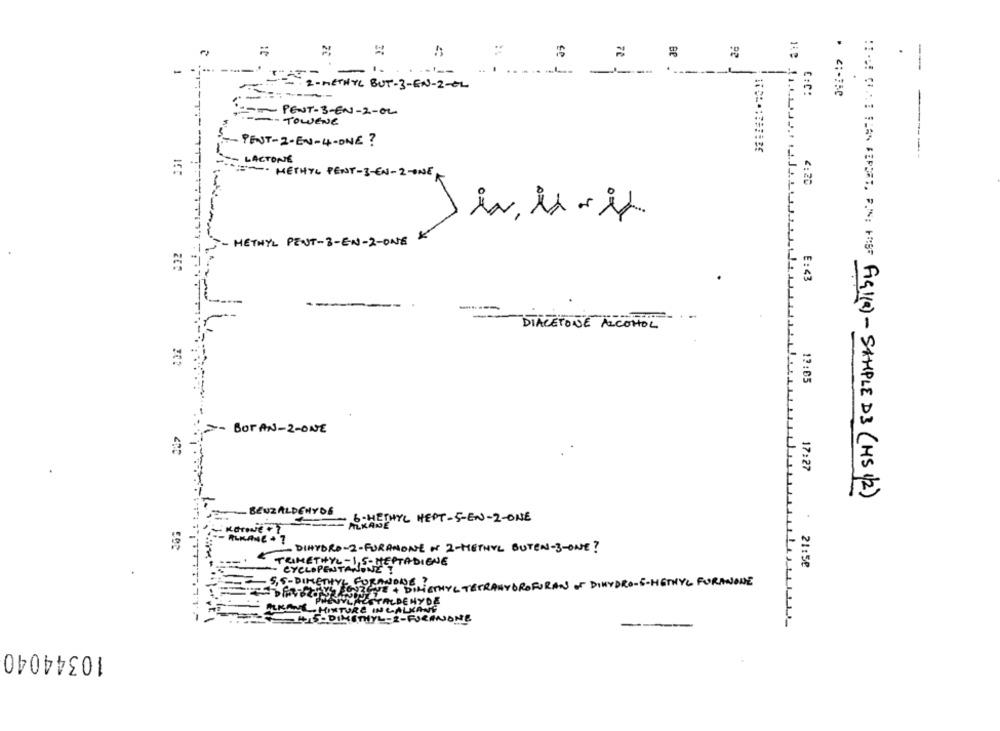
.
72
BP
.
...
----
.
-
2 - METHYL BUT - 3 - EN- 2-EL
CIC:
:--- PENT-3-EN-2-02
---- TOWENE
-PENT-2-EN-4-ONE?
LACTONE
=-- METHYL PENT-3-EN-2-ONE
4:20
is, is-it
- METHYL PEUT-3-EN-2-ONE
E: < 3
--
DIACETONE ALCOHOL
12:05
=- BOTAN-2-ONE
17:27
HICE COME TAN SEPET, BIN HS Figl(a) - SAMPLE D3 (HS 1/2)
BENZALDEHYDE
6- METHYL HEPT-5-EN-2-ONE
TONE + 1
ALKANE
KANC + 7
DIHYDRO-2-FURAMONE N 2-METHYL BUTEN-3-ONE?
TRIMETHYL-1,5-HEPTADIENE
CYCLOPENTANONE I
21:58
S.S-DIMETHYL FORANDUE !
GYE + DILIETHYL TETRAHYDROFORAN OF DIHYDRO-5-METHYL FORANONE
ALKANE . HIMTURE IN CALKANE
4-DIMETHYL-2-FURANONE
NONE
---
10344040